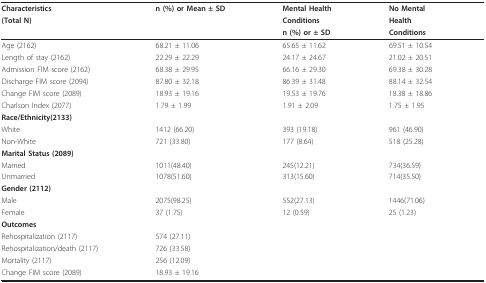
| Characteristics | n (%) or Mean ± SD | Mental Health | No Mental |
 | (Total N) |  | Conditions | Health |
 |  |  | n (%) or ± SD | Conditions |
 | --- | --- | --- | --- |
 | Age (2162) | 68.21 ± 11.06 | 65.65 ± 11.62 | 69.51 ± 10.54 |
 | Length of stay (2162) | 22.29 ± 22.29 | 24.17 ± 24.67 | 21.02 ± 20.51 |
 | Admission FIM score (2162) | 68.38 ± 29.95 | 66.16 ± 29.30 | 69.38 ± 30.28 |
 | Discharge FIM score (2094) | 87.80 ± 32.18 | 86.39 ± 31.48 | 88.14 ± 32.54 |
 | Change FIM score (2089) | 18.93 ± 19.16 | 19.53 ± 19.76 | 18.38 ± 18.86 |
 | Charlson Index (2077) | 1.79 ± 1.99 | 1.91 ± 2.09 | 1.75 ± 1.95 |
 | Race/Ethnicity(2133) |  |  |  |
 | White | 1412 (66.20) | 393 (19.18) | 961 (46.90) |
 | Non-White | 721 (33.80) | 177 (8.64) | 518 (25.28) |
 | Marital Status (2089) |  |  |  |
 | Married | 1011(48.40) | 245(12.21) | 734(36.59) |
 | Unmarried | 1078(51.60) | 313(15.60) | 714(35.50) |
 | Gender (2112) |  |  |  |
 | Male | 2075(98.25) | 552(27.13) | 1446(71.06) |
 | Female | 37 (1.75) | 12 (0.59) | 25 (1.23) |
 | Outcomes |  |  |  |
 | Rehospitalization (2117) | 574 (27.11) |  |  |
 | Rehospitalization/death (2117) | 726 (33.58) |  |  |
 | Mortality (2117) | 256 (12.09) |  |  |
 | Change FIM score (2089) | 18.93 ± 19.16 |  |  |